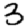
Digit: 3